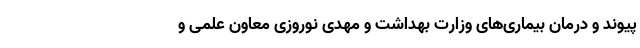
پیوند و درمان بیماری‌های وزارت بهداشت و مهدی نوروزی معاون علمی و